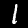
Label: 1